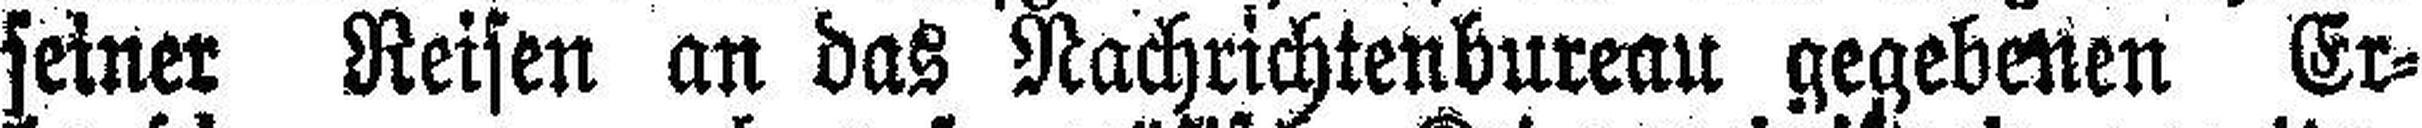
seiner Reisen an das Nachrichtenbureau gegebenen Er¬